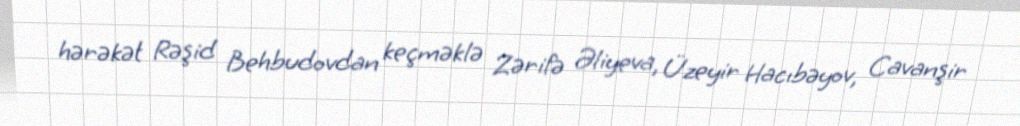
hərəkət Rəşid Behbudovdan keçməklə Zərifə Əliyeva, Üzeyir Hacıbəyov, Cavanşir